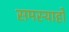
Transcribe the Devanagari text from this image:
समस्याहो